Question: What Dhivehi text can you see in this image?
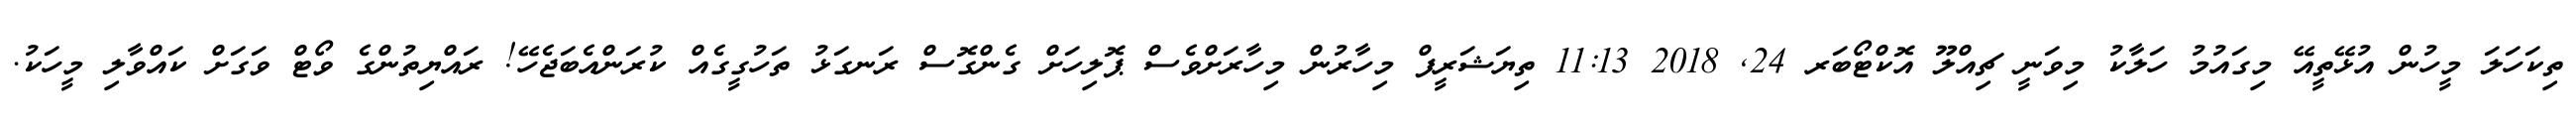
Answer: ތިކަހަލަ މީހުން އުޅޭތީއޭ މިގައުމު ހަލާކު މިވަނީ ޗިއްލޫ އޮކްޓޯބަރ 24, 2018 11:13 ތިޔަޝަރީފް މިހާރުން މިހާރަށްވެސް ޕޮލިހަށް ގެންގޮސް ރަނގަޅު ތަހުގީގެއް ކުރަންއެބަޖެހޭ! ރައްޔިތުންގެ ވޯޓް ވަގަށް ކައްވާލި މީހަކު.